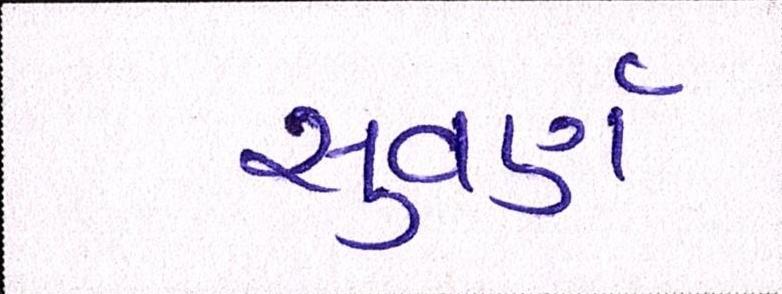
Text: સુવર્ણ